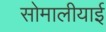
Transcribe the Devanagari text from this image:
सोमालीयाई